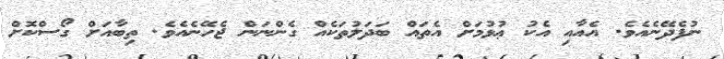
ނުފެދޭނެއެވެ. އެއާއި އެކު ޢުޅުމަށް އެތައް ބަދަލުތަކެއް ގެންނަން ޖެހޭނެއެވެ. ތިބާއަށް ގޯސްކޮށް